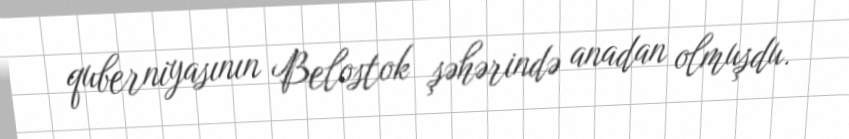
quberniyasının Belostok şəhərində anadan olmuşdu.